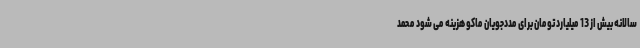
سالانه بیش از 13 میلیارد تومان برای مددجویان ماکو هزینه می شود محمد